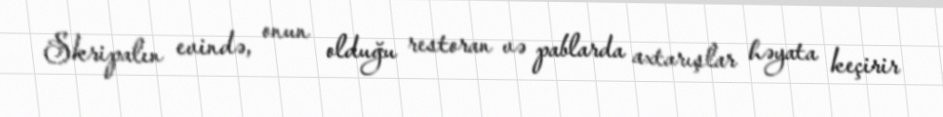
Skripalın evində, onun olduğu restoran və pablarda axtarışlar həyata keçirir